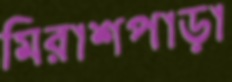
মিরাশপাড়া